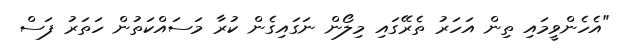
"އެހެންވީމައި ތިން އަހަރު ތެރޭގައި މިލޯން ނަގައިގެން ކުރާ މަސައްކަތުން ހަތަރު ފަސް